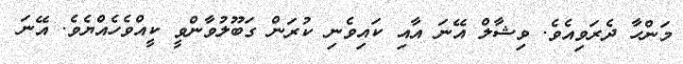
މަންހާ ދެރަވިއެވެ. ވިޝާލް އޭނަ އާއި ކައިވެނި ކުރަން ގަބޫލުވާންވީ ކީއްވެހެއްޔެވެ. އޭނަ